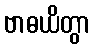
ဗာဓယိတွာ